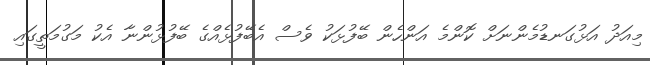
މިއަދު އަޅުގަނޑުމެންނަށް ކޮންމެ އަންހެން ބޭފުޅަކު ވެސް އެބޭފުޅެއްގެ ބޭފުޅުންނާ އެކު މަގުމަތީގައި